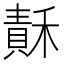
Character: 𥡯